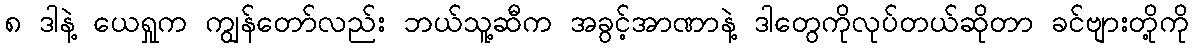
၈ ဒါနဲ့ ယေရှုက ကျွန်တော်လည်း ဘယ်သူ့ဆီက အခွင့်အာဏာနဲ့ ဒါတွေကိုလုပ်တယ်ဆိုတာ ခင်ဗျားတို့ကို